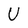
Character: U